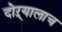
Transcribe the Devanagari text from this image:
दोऱ्यालाच